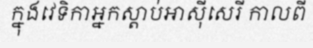
ក្នុងវេទិកាអ្នកស្តាប់អាស៊ីសេរី កាលពី